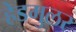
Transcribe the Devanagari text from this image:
हेडमुलर